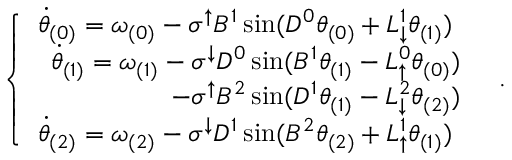
\begin{array} { r } { \left\{ \begin{array} { l l } { \Dot { \theta } _ { ( 0 ) } = \omega _ { ( 0 ) } - \sigma ^ { \uparrow } B ^ { 1 } \sin ( D ^ { 0 } \theta _ { ( 0 ) } + L _ { \downarrow } ^ { 1 } \theta _ { ( 1 ) } ) } \\ { \begin{array} { r } { \Dot { \theta } _ { ( 1 ) } = \omega _ { ( 1 ) } - \sigma ^ { \downarrow } D ^ { 0 } \sin ( B ^ { 1 } \theta _ { ( 1 ) } - L _ { \uparrow } ^ { 0 } \theta _ { ( 0 ) } ) } \\ { - \sigma ^ { \uparrow } B ^ { 2 } \sin ( D ^ { 1 } \theta _ { ( 1 ) } - L _ { \downarrow } ^ { 2 } \theta _ { ( 2 ) } ) } \end{array} } \\ { \Dot { \theta } _ { ( 2 ) } = \omega _ { ( 2 ) } - \sigma ^ { \downarrow } D ^ { 1 } \sin ( B ^ { 2 } \theta _ { ( 2 ) } + L _ { \uparrow } ^ { 1 } \theta _ { ( 1 ) } ) } \end{array} \right. \, . } \end{array}